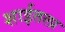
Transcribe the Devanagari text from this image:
शाईतला